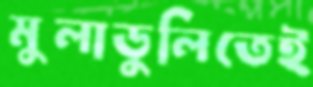
মুলাডুলিতেই